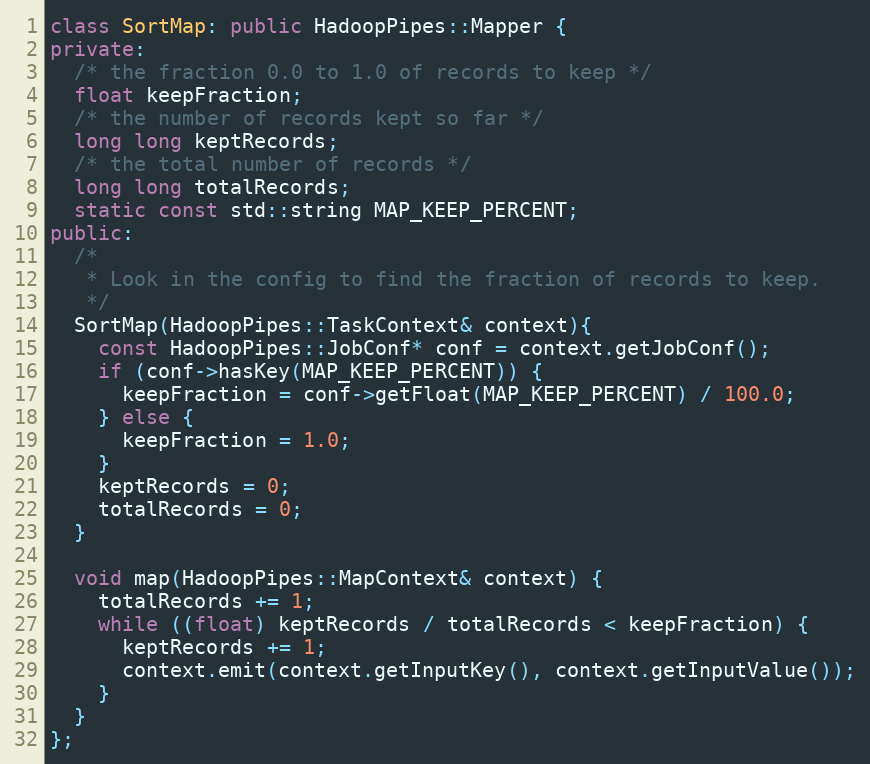
Language: C++
class SortMap: public HadoopPipes::Mapper {
private:
  /* the fraction 0.0 to 1.0 of records to keep */
  float keepFraction;
  /* the number of records kept so far */
  long long keptRecords;
  /* the total number of records */
  long long totalRecords;
  static const std::string MAP_KEEP_PERCENT;
public:
  /*
   * Look in the config to find the fraction of records to keep.
   */
  SortMap(HadoopPipes::TaskContext& context){
    const HadoopPipes::JobConf* conf = context.getJobConf();
    if (conf->hasKey(MAP_KEEP_PERCENT)) {
      keepFraction = conf->getFloat(MAP_KEEP_PERCENT) / 100.0;
    } else {
      keepFraction = 1.0;
    }
    keptRecords = 0;
    totalRecords = 0;
  }

  void map(HadoopPipes::MapContext& context) {
    totalRecords += 1;
    while ((float) keptRecords / totalRecords < keepFraction) {
      keptRecords += 1;
      context.emit(context.getInputKey(), context.getInputValue());
    }
  }
};